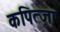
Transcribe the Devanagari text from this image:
कपित्ज़ा